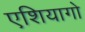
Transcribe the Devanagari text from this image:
एशियागो